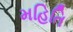
મહિતિ